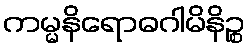
ကမ္မနိရောဓဂါမိနိဉ္စ